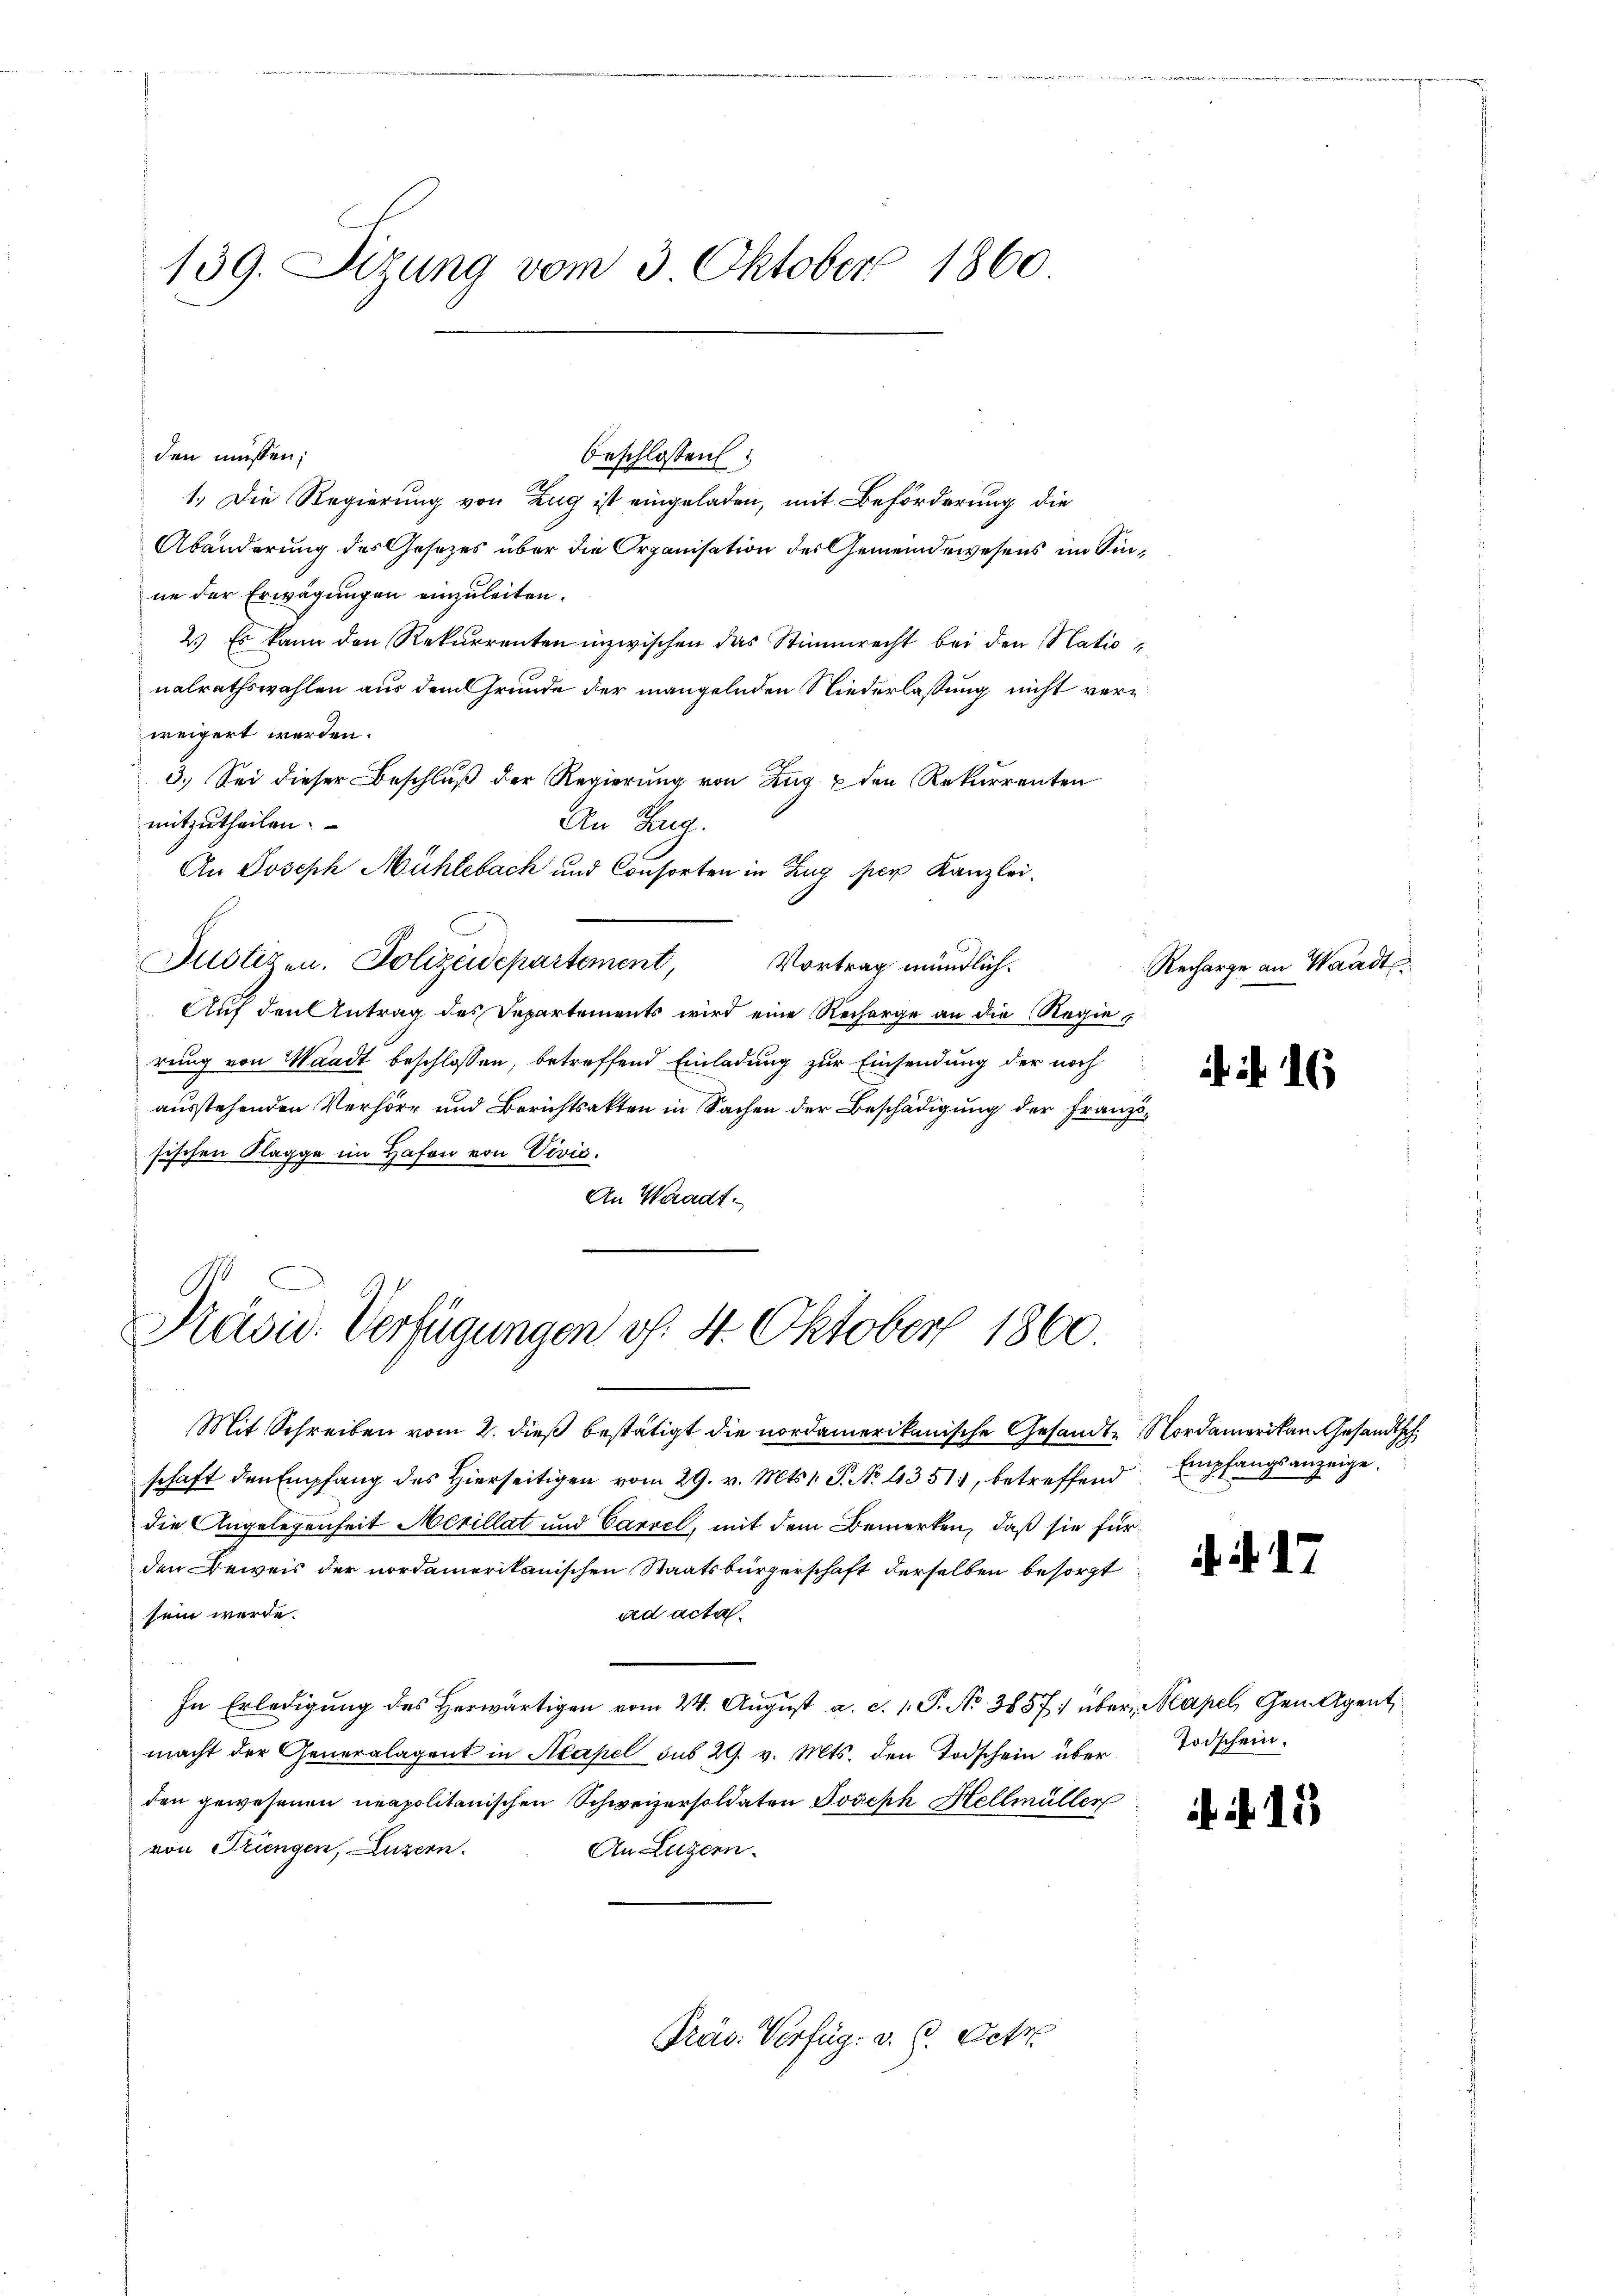
139. Sizung vom 3 Oktober 1860

den müssen;
beschlossen
1.) Die Regierung von Zug ist eingeladen, mit Beförderung die
Abänderung des Gesetzes über die Organisation des Gemeindewesens im Sinne der Erwägungen einzuleiten.
2.) Es kann den Rekurrenten inzwischen das Stimmrecht bei den Natio
nalrathswahlen aus dem Grunde der mangelnden Niederlassung nicht verweigert werden.
3.) Sei dieser Beschluß der Regierung von Zug & den Rekurrenten
mitzutheilen.
An Tag.
An Joseph Mühlebach und Consorten in Zug per Kanzlei.
Justizen. Polizeidepartement,
Vortrag mündlich.
Auf den Antrag des Departement wird eine Recharge an die Regierung von Waadt beschlossen, betreffend Einladung zur Einsendung der noch
ausstehenden Verhöre und Berichtsakten in Sachen der Beschädigung der Französischen Klagge im Hafen von Vivić.
An Waadt.

Präsid. Verfügungen d. 4. Oktober 1860

Mit Schreiben vom 2. dieß bestätigt die nordamerikanische Gesandte Nordamerikan Gesandtsch
schaft den Empfang des Hierseitigen vom 29. v. Mts. 1. S. No. 4351, betreffend
die Angelegenheit Merillat und Carzel, mit dem Bemerken, daß sie für
den Beweis der nordamerikanischen Staatsbürgerschaft derselben besorgt
sein werde.
ad acta.
In Erledigung des Herwärtigen vom 24. August a. c. 1. P. Nr. 3857 über Mapel, Gem. Agent
macht der Generalagent in Makel sub 29. v. Mts. den Todschein über Todschein.
den gewesenen neapolitanischen Schweizersoldaten Joseph Hellmüller
von Triengen, Luzern.
An Luzern.
Präs. Verfüg. v. 6. Octo

Recharge an Waadt

if. 16

Empfangsanzeige.

. d. d. 7.

. 15

gen